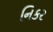
નિકર